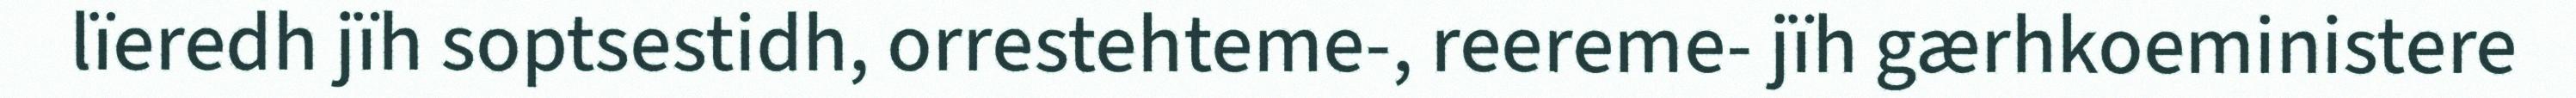
lïeredh jïh soptsestidh, orrestehteme-, reereme- jïh gærhkoeministere